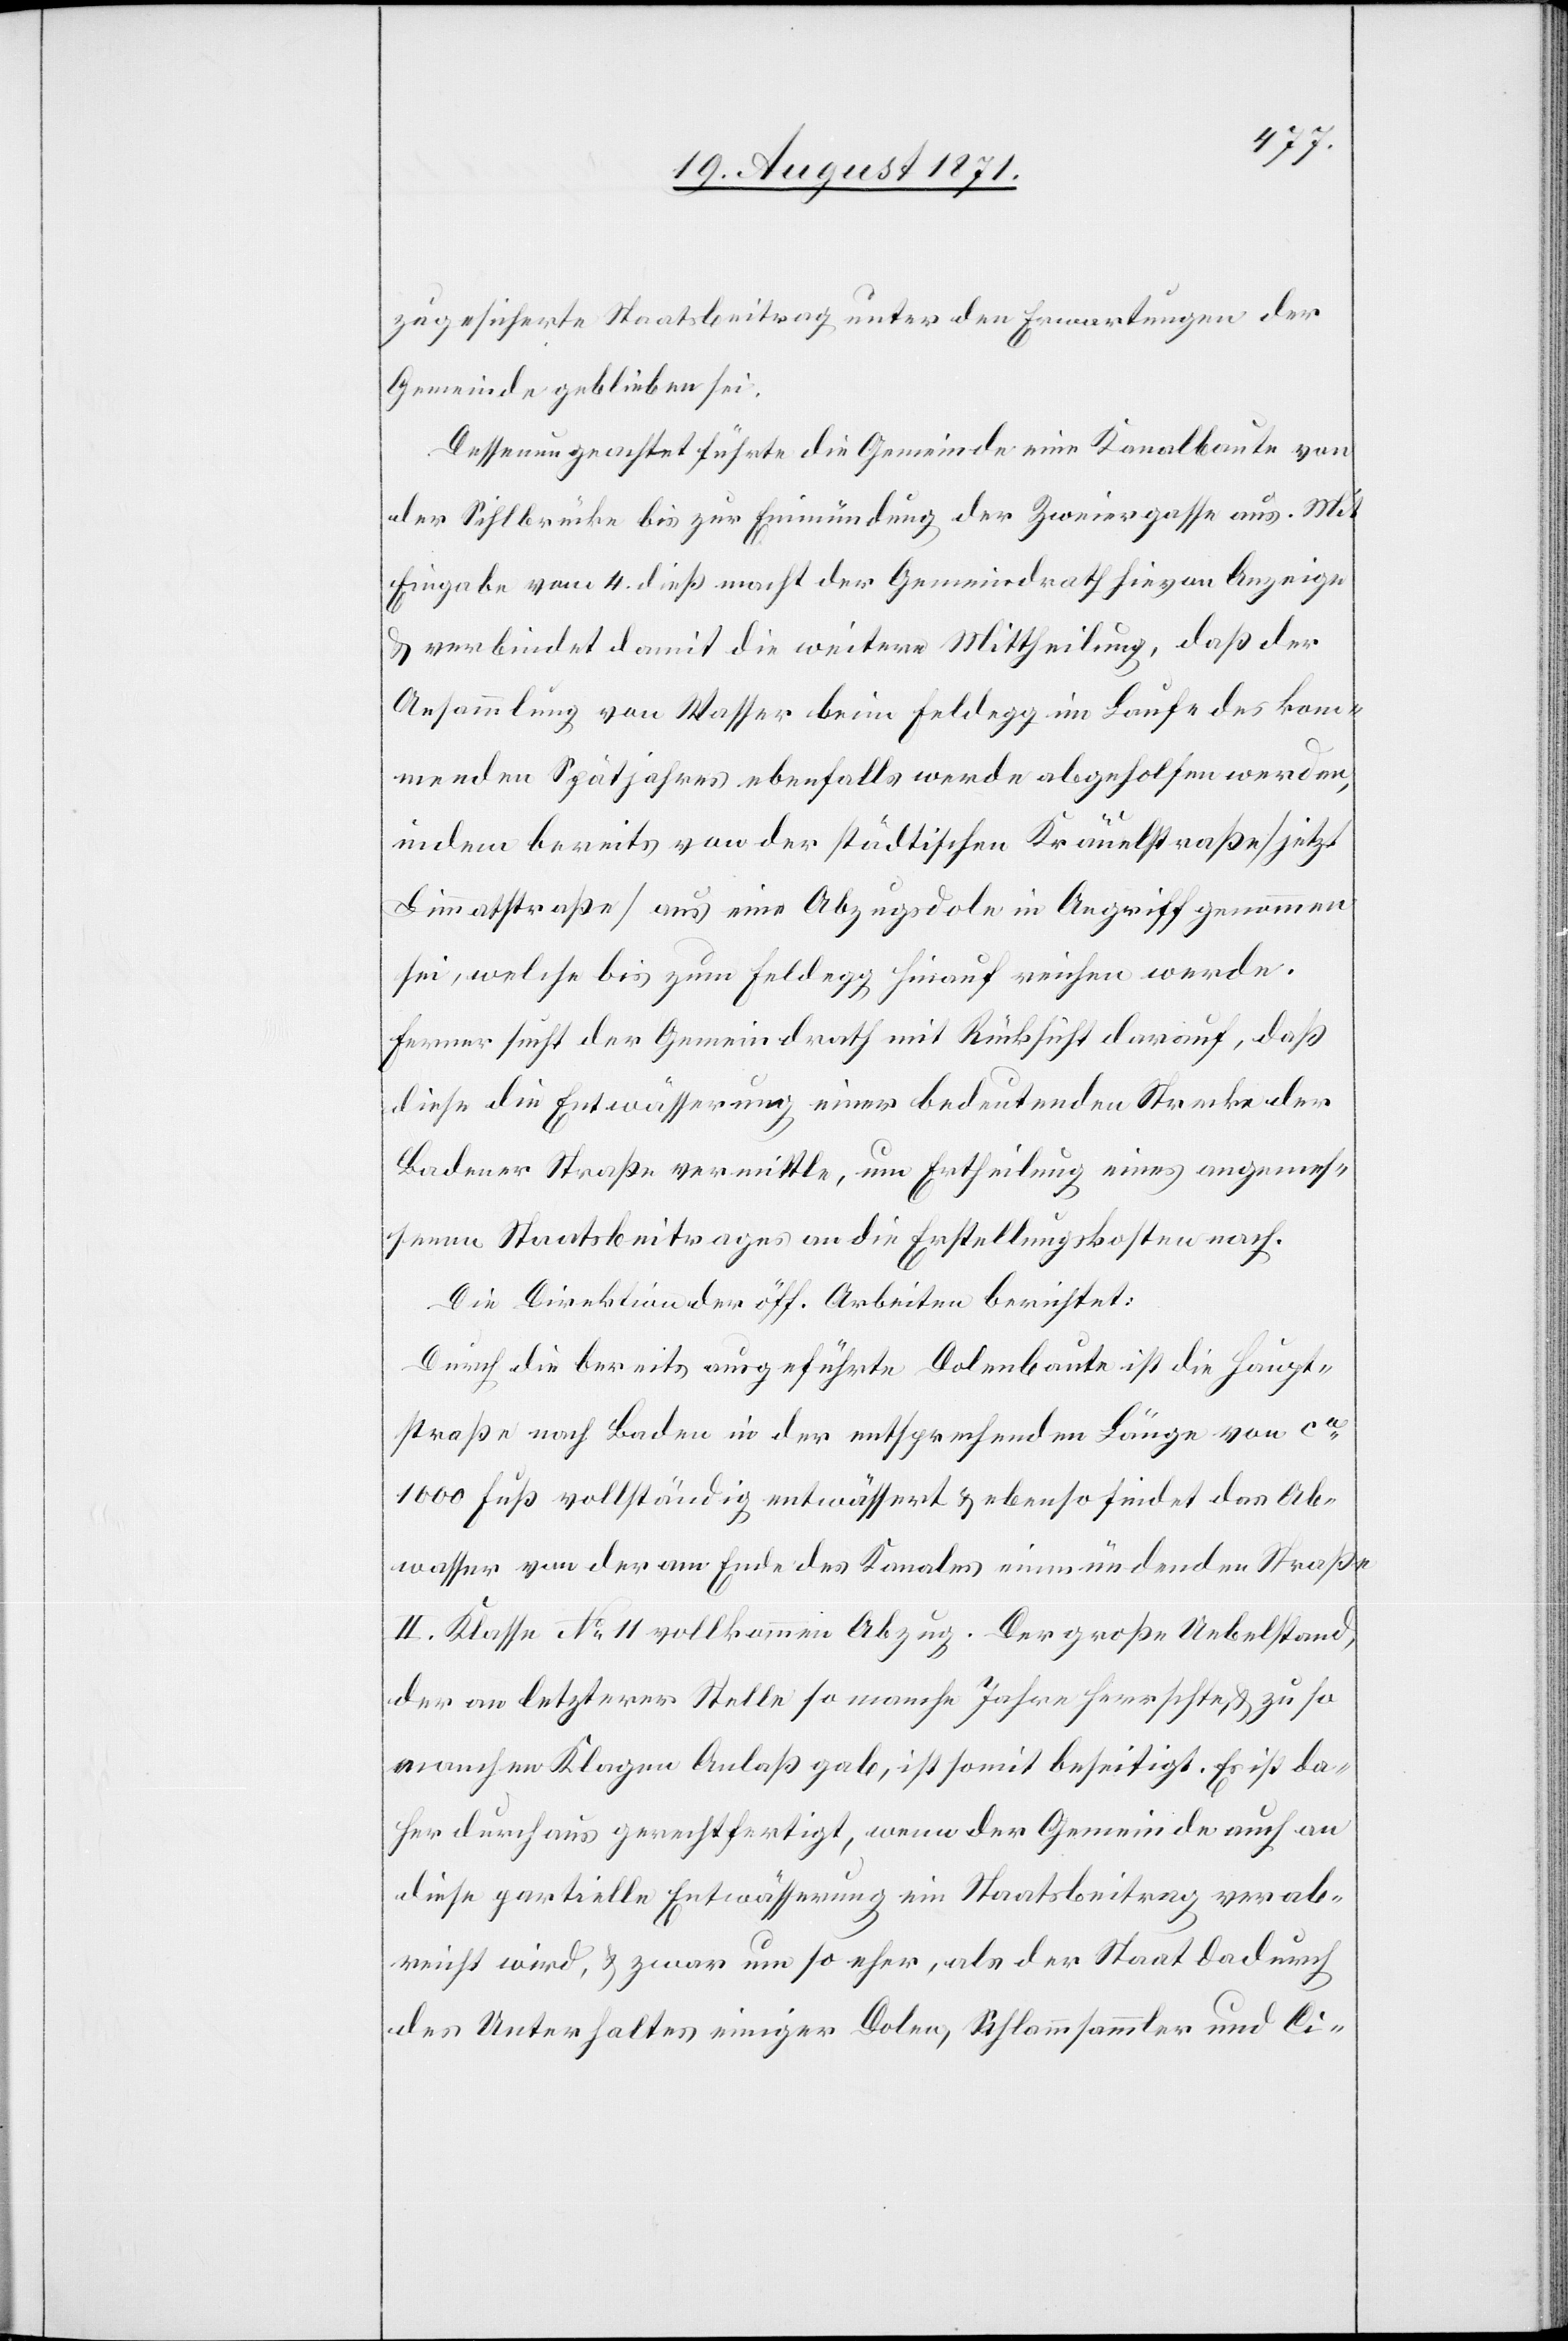
zugeführte Staatsbeitrag unter den Erwartungen der
Gemeinde geblieben sei.
Dessenungeachtet führte die Gemeinde eine Kanalbaute von
der Sihlbrücke bis zur Einmündung der Zweiergasse aus. Mit
Eingabe vom 4. dieß macht der Gemeindrath hievon Anzeige
& verbindet damit die weitere Mittheilung, daß der
Ansammlung von Wasser beim Feldegg im Laufe des kom¬
menden Spätjahres ebenfalls werde abgeholfen werde,
indem bereits von der städtischen Kräuelstraße [jetzt
Limmatstraße] aus eine Abzugsdole in Angriff genommen
sei, welche bis zum Feldegg hinauf weisen werde.
Ferner sieht der Gemeindrath mit Rücksicht darauf, daß
diese die Entwässerung einer bedeutenden Strecke der
Badener Straße vermittle, um Ertheilung eines angemes¬
senen Staatsbeitrages an die Erstellungskosten nach.
Die Direktion der öff. Arbeiten berichtet:
Durch die bereits ausgeführte Dolenbaute ist die Haupt¬
straße nach Baden in der entsprechenden Länge von ca
1000 Fuß vollständig entwässert & ebenso findet das Ab¬
wasser von der am Ende der Kanals einmündenden Straße
II. Klasse No 11 vollkommen Abzug. Der große Uebelstand,
der an letzterer Stelle so manche Jahre herrschte & zu so
manchen Klagen Anlaß gab, ist somit beseitigt. Es ist da¬
her durchaus gerechtfertigt, wenn der Gemeinde auch an
diese partielle Entwässerung ein Staatsbeitrag verab¬
reicht wird, & zwar um so eher, als der Staat dadurch
des Unterhaltes einiger Dolen, Schlammsammler und Ci-